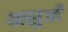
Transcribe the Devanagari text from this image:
यासुजी